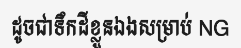
ដូចជាទឹកដីខ្លួនឯងសម្រាប់ NG